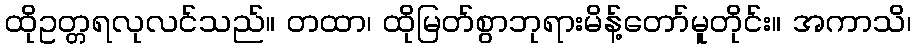
ထိုဥတ္တရလုလင်သည်။ တထာ၊ ထိုမြတ်စွာဘုရားမိန့်တော်မူတိုင်း။ အကာသိ၊